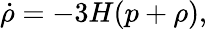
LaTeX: \dot{\rho}=-3H(p+\rho),